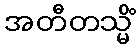
အတီတသ္မိံ